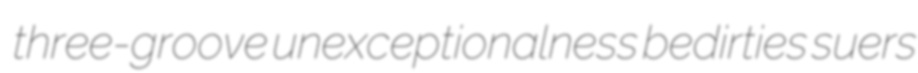
three-groove unexceptionalness bedirties suers